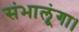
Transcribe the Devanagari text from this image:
संभालूंगा।